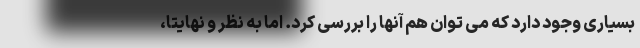
بسیاری وجود دارد که می توان هم آنها را بررسی کرد. اما به نظر و نهایتا،